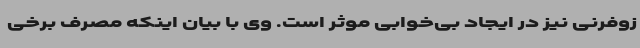
زوفرنی نیز در ایجاد بی‌خوابی موثر است. وی با بیان اینکه مصرف برخی